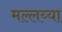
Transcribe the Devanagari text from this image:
मल्लय्या